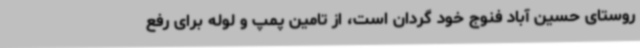
روستای حسین آباد فنوج خود گردان است، از تامین پمپ و لوله برای رفع